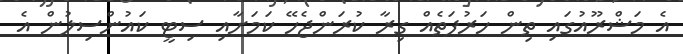
އެ މަޝްރޫއުގައި ތިން ހަރުފަތެއް ގިރާ ކުރަންޖެހޭ ކަމަށާއި ސިޓީ ކައުންސިލުން އެ